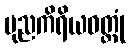
ပုညကိရိယဝတ္ထုံ